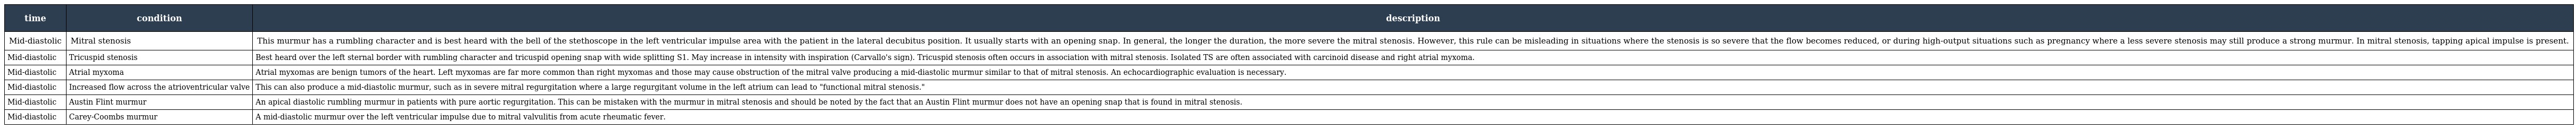
| time | condition | description |
 | --- | --- | --- |
 | Mid-diastolic | Mitral stenosis | This murmur has a rumbling character and is best heard with the bell of the stethoscope in the left ventricular impulse area with the patient in the lateral decubitus position. It usually starts with an opening snap. In general, the longer the duration, the more severe the mitral stenosis. However, this rule can be misleading in situations where the stenosis is so severe that the flow becomes reduced, or during high-output situations such as pregnancy where a less severe stenosis may still produce a strong murmur. In mitral stenosis, tapping apical impulse is present. |
 | Mid-diastolic | Tricuspid stenosis | Best heard over the left sternal border with rumbling character and tricuspid opening snap with wide splitting S1. May increase in intensity with inspiration (Carvallo's sign). Tricuspid stenosis often occurs in association with mitral stenosis. Isolated TS are often associated with carcinoid disease and right atrial myxoma. |
 | Mid-diastolic | Atrial myxoma | Atrial myxomas are benign tumors of the heart. Left myxomas are far more common than right myxomas and those may cause obstruction of the mitral valve producing a mid-diastolic murmur similar to that of mitral stenosis. An echocardiographic evaluation is necessary. |
 | Mid-diastolic | Increased flow across the atrioventricular valve | This can also produce a mid-diastolic murmur, such as in severe mitral regurgitation where a large regurgitant volume in the left atrium can lead to "functional mitral stenosis." |
 | Mid-diastolic | Austin Flint murmur | An apical diastolic rumbling murmur in patients with pure aortic regurgitation. This can be mistaken with the murmur in mitral stenosis and should be noted by the fact that an Austin Flint murmur does not have an opening snap that is found in mitral stenosis. |
 | Mid-diastolic | Carey-Coombs murmur | A mid-diastolic murmur over the left ventricular impulse due to mitral valvulitis from acute rheumatic fever. |